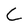
Character: C